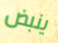
ينبض